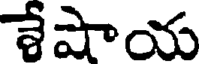
శేషాయ